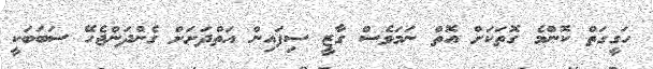
ހަގީގަތް ކޮންމެ ގޮތަކަށް އޮތް ނަމަވެސް ގާޒީ ސިފައިން އަތްދަށަށް ގެންދަންޖެހޭ ސަބަބަކީ